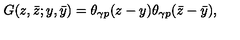
G ( z , \bar { z } ; y , \bar { y } ) = \theta _ { \gamma p } ( z - y ) \theta _ { \gamma p } ( \bar { z } - \bar { y } ) ,